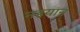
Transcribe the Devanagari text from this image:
नहयान